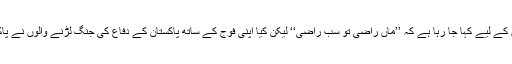
پاکستان کی دھرتی کے لیے قربان ہونے والے جوانوں کے لیے کہا جا رہا ہے کہ ’’ماں راضی تو سب راضی‘‘ لیکن کیا اپنی فوج کے ساتھ پاکستان کے دفاع کی جنگ لڑنے والوں نے پاکستان کی دھرتی ماں کے لیے جانیں نہیں لڑائی تھیں؟